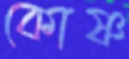
কোষ্ণ